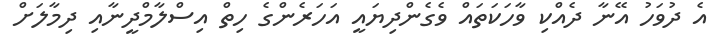
އެ ދުވަހު އޭނާ ދެއްކި ވާހަކަތައް ވެގެންދިޔައީ އަހަރެންގެ ހިތް އިސްލާމްދީނާއި ދިމާލަށް